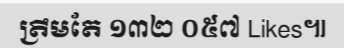
ត្រឹមតែ ១៣២ ០៥៧ Likes៕